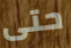
حتى